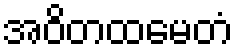
အဝိတထမေတံ